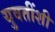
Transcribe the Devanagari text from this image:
युवतींशी